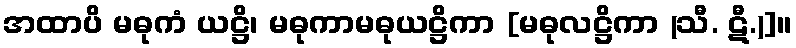
အထာပိ မဓုကံ ယဋ္ဌိ၊ မဓုကာမဓုယဋ္ဌိကာ [မဓုလဋ္ဌိကာ (သီ. ဋီ.)]။